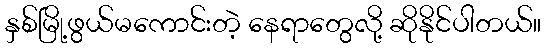
နှစ်မြို့ဖွယ်မကောင်းတဲ့ နေရာတွေလို့ ဆိုနိုင်ပါတယ်။